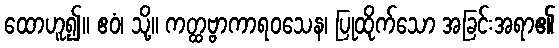
ထောဟူ၍။ ဧဝံ၊ သို့။ ကတ္ထဗ္ဗာကာရဝသေန၊ ပြုထိုက်သော အခြင်းအရာ၏